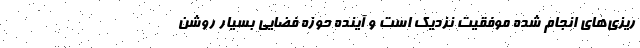
‌ریزی‌های انجام شده موفقیت نزدیک است و آینده حوزه فضایی بسیار روشن